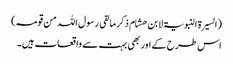
(السیرۃ النبویۃ لابن ھشام ذکر ما لقی رسول اللہ من قومہ)
اس طرح کے اور بھی بہت سے واقعات ہیں۔